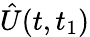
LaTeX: \hat{U}(t,t_{1})